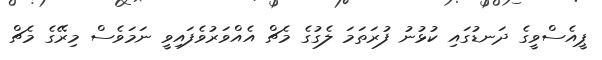
ޕީއެސްވީގެ ދަނޑުގައި ކުޅުނު ފުރަތަމަ ލެގުގެ މެޗް އެއްވަރުވެފައިވީ ނަމަވެސް މިރޭގެ މެޗް